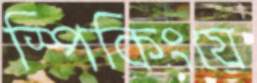
স্পিকিংয়ে